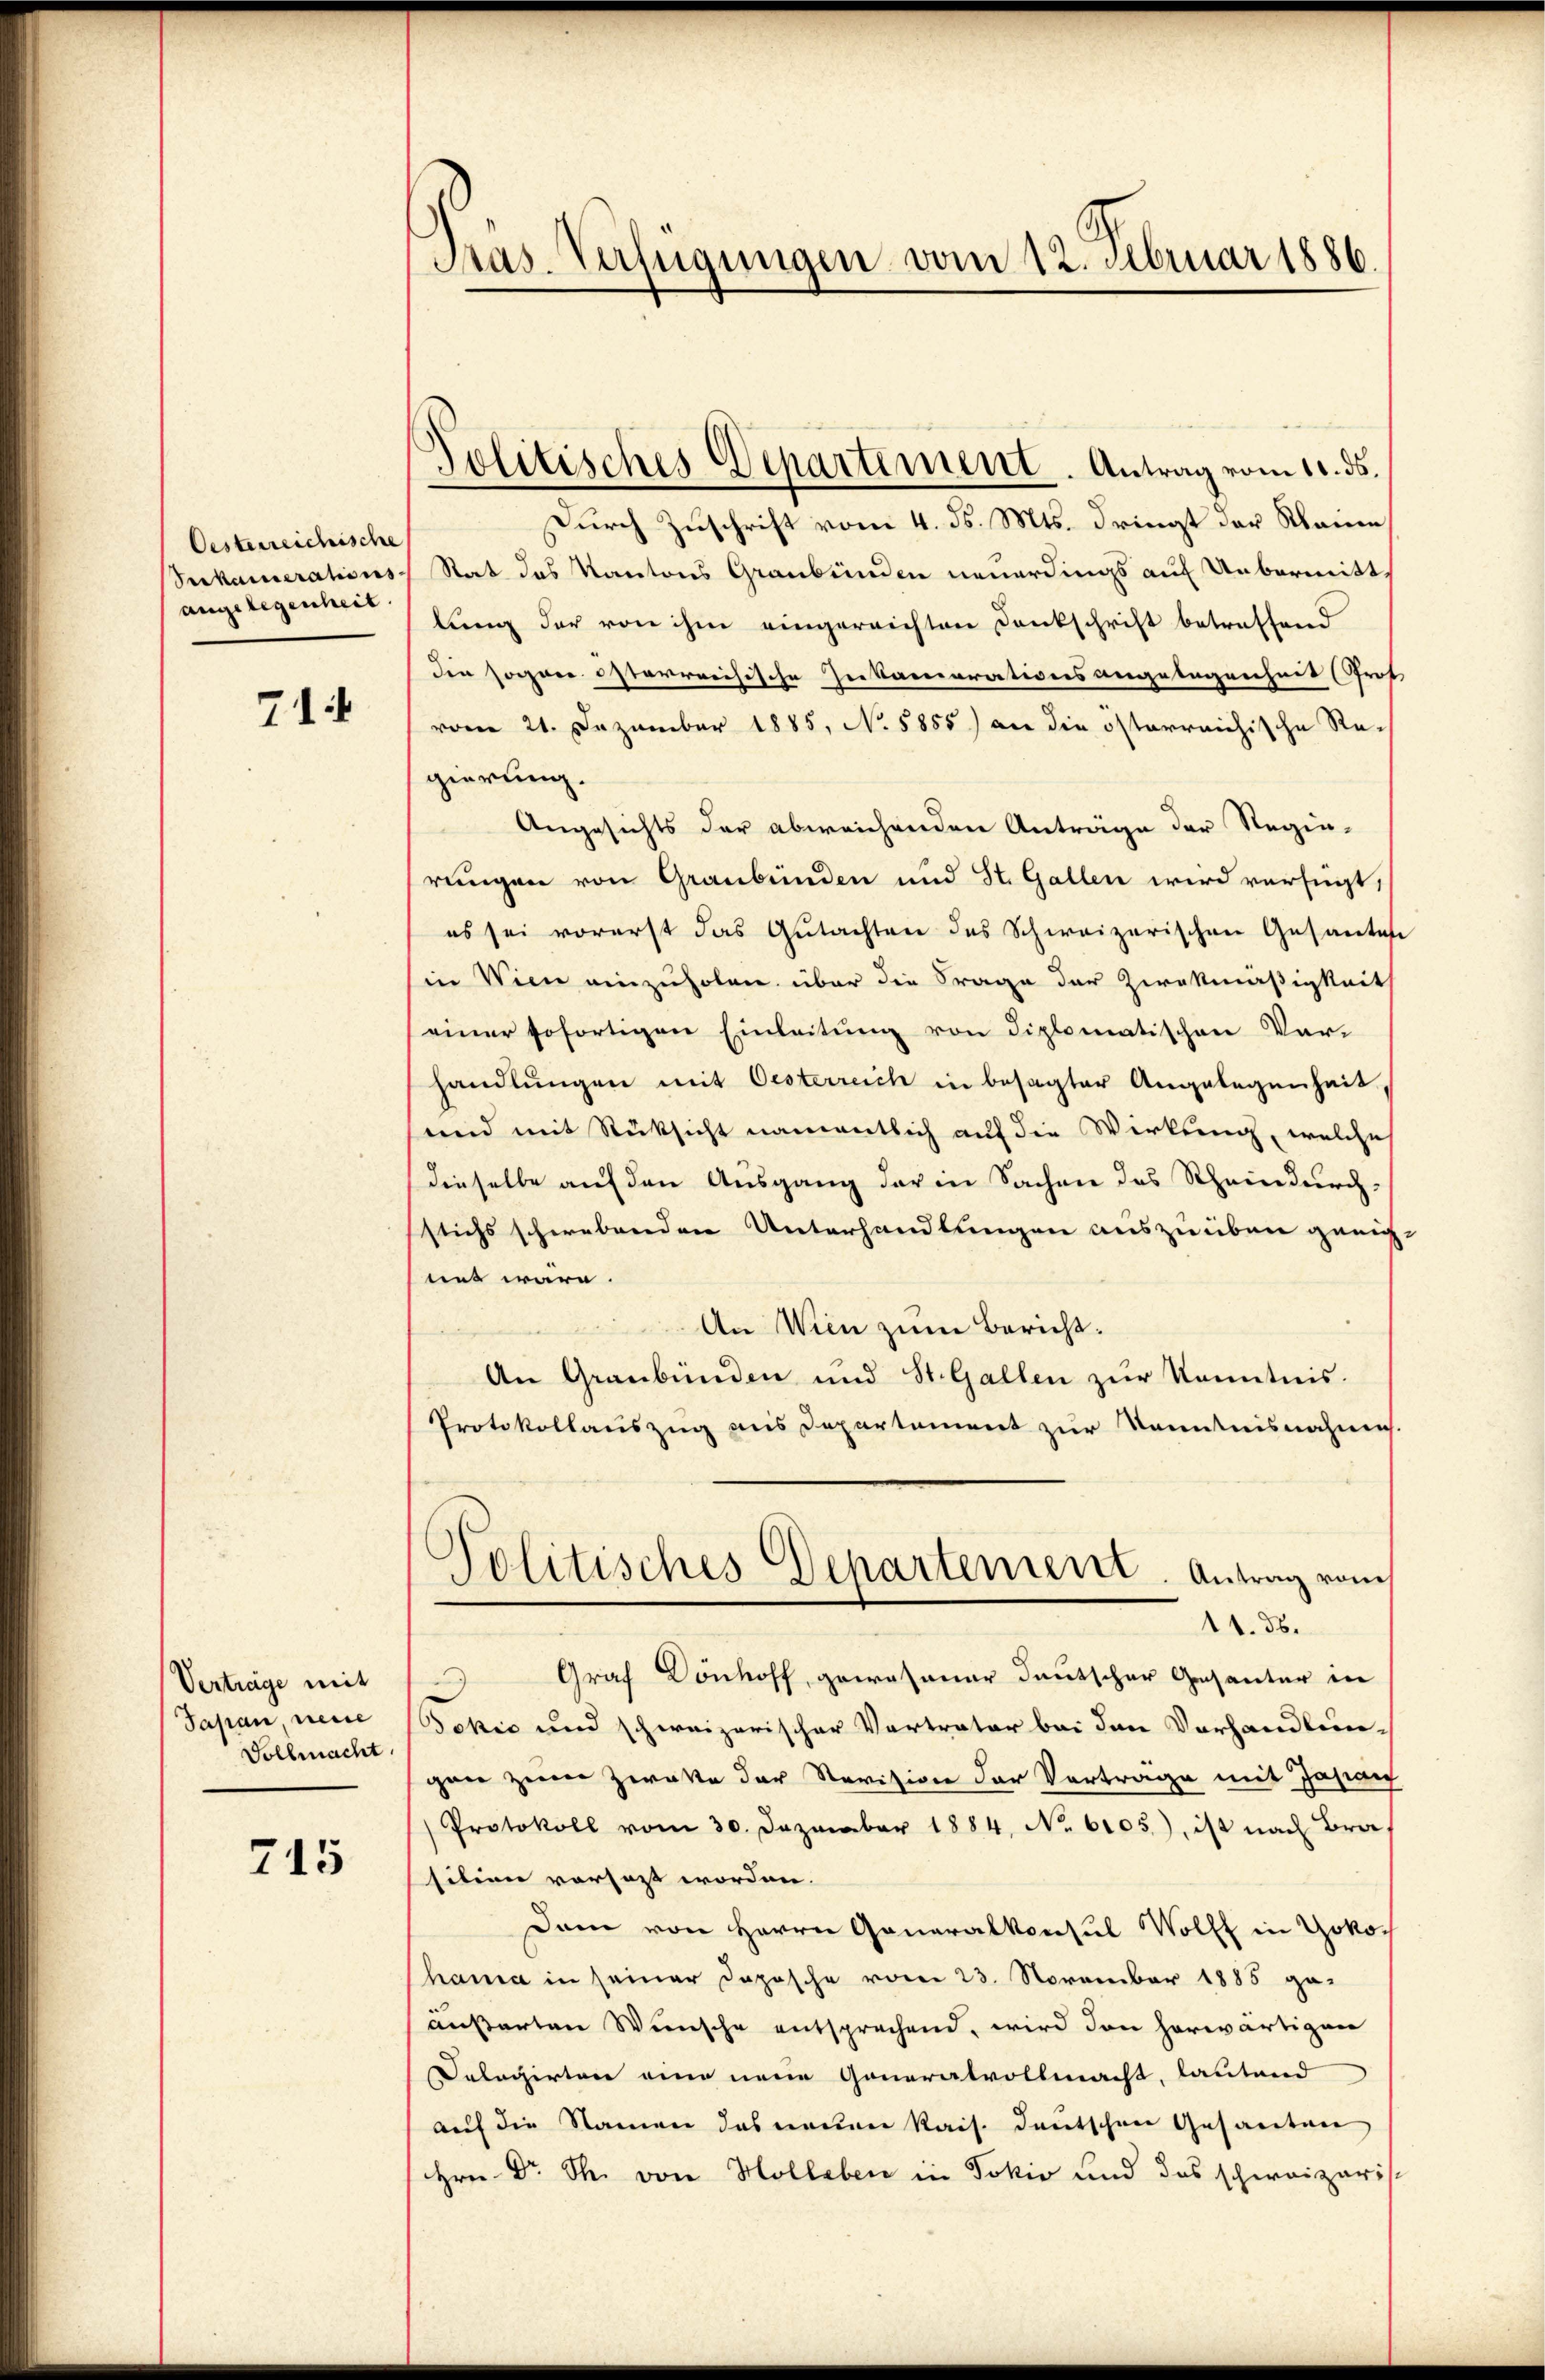
Oesterreichische
Seckamerations
angelegenheit

71

Verträge mit
Japan, neue
Vollmacht

715

Präs. Verfügungen vom 12. Februar 1886

Politisches Departement. Antrag vom 11. ds.

Durch Zuschrift vom 4. ds. Mts. dringt der Raine
Rat das Kantons Graubünden neuerdings auf Uebermitt,
lung der von ihm eingereichten Dankschrift betreffend
die sogane österrrechische Inkamarationsangelegenheit (Prot
vom 21. Dezember 1885, No 5855) an die österreichische Re-
gierung.
Angesichts der abweichenden Anträge der Regin-
rungen von Graubünden und St. Gallen wird verfügt,
es sei vorerst das Gutachten des Schweizerischen Gesanten
Ein Wien einzuholen über die Frage der Zwekmäßigkeit
einer sofortigen Einleitŭng von diplomatischen Vor-
handlungen mit Oesterreich in besagter Angelegenheit
und mit Rücksicht namentlich auf die Wirkung, welche
dieselbe auf den Ausgang der in Sachen des Rheindurch-
stichs schwebenden Unterhandlungen auszuüben geeignnt wäre.
An Wien zum Bericht:
An Graubünden und St. Gallen zŭr Kenntnis.
Protokollauszug aus Departement zur Kenntnisnahmes.
Politisches Departenient. Antrag vom
11. 56.
Graf Donhoff, gewesener deutscher Gesanter in
Bokić und schweizerischer Vertrater bei den Vorhandlun-
gen zum Zwette der Revision der Vortrage mit Jasian
Protokoll vom 30. Dezember 1884, No. 6105), ist nach Bra
sition vorsagt worden.
Dem von Herrn Generalkonsul Wolff in Yokohama in seiner Dopische vom 23. November 1885 geaußerten Wünsche entsprechend, wird den herwärtigen
Dalagirten eine neue Generalvollmacht, lautend
auf die Namen das neuen Kais. Deutschen Gesanten
Hrn. Dr. S. von Holleben in Jokić und das schweizeris